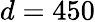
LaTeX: d=450